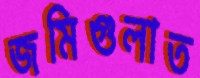
জমিগুলাত